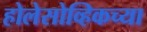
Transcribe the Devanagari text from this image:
होलेसोव्हिकच्या